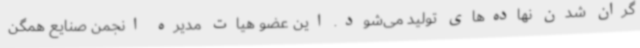
گران شدن نهاده‌های تولید می‌شود. این عضو هیات مدیره انجمن صنایع همگن